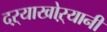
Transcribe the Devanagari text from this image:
दऱ्याखोऱ्यानी